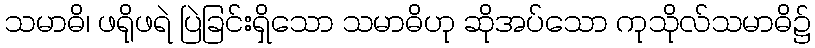
သမာဓိ၊ ဖရိုဖရဲ ပြဲခြင်းရှိသော သမာဓိဟု ဆိုအပ်သော ကုသိုလ်သမာဓိ၌